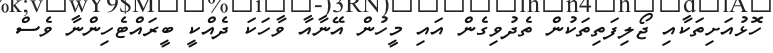
ހޮޅުއަށިތަކާއި ޖޯލިފަތިތަކުން ތެދުވިގެން އައި މީހުން އޭނާއާ ވާހަކަ ދެއްކީ ބީރައްޓެހިންނާ ވެސް